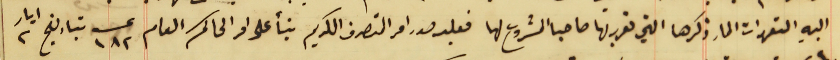
اليهِ التعهدات المار ذكرها التي تقرر بها صاحبا المشروع لها فعليه صدر امر التصرف الكريم بنأ على امر الحاكم العام عــ ١٨٢ بتاريخ ٢ ايار